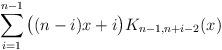
LaTeX: \begin{align*}\sum_{i=1}^{n-1} \big( (n-i)x+i \big) K_{n-1,n+i-2}(x)\end{align*}